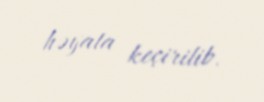
həyata keçirilib.